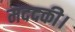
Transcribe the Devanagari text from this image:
मददकी।